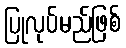
ပြုလုပ်မည်ဖြစ်